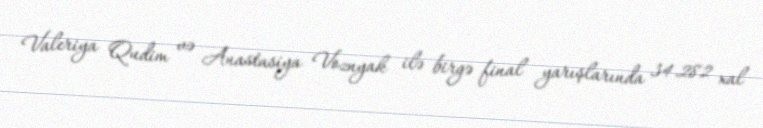
Valeriya Qudim və Anastasiya Voznyak ilə birgə final yarışlarında 34.282 xal